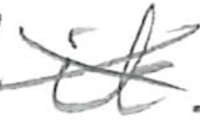
Text: it
Cross-out: cross
Writing tool: pencil